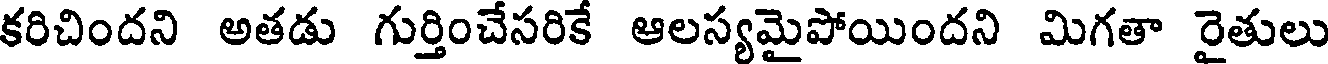
కరిచిందని అతడు గుర్తించేసరికే ఆలస్యమైపోయిందని మిగతా రైతులు